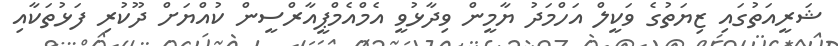
ޝަރީއަތުގައި ޒިޔަތުގެ ވަކީލް އަހްމަދު ޔާމީން ވިދާޅުވީ އެމްއެމްޕީއާރްސީން ކުއްޔަށް ދޫކުރި ފަޅުތަކާއި